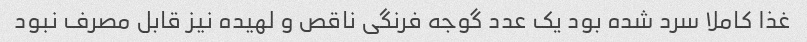
غذا کاملا سرد شده بود یک عدد گوجه فرنگی ناقص و لهیده نیز قابل مصرف نبود